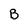
Character: B